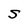
Character: S